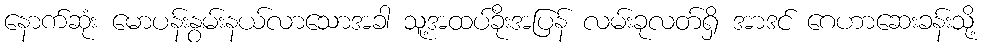
နောက်ဆုံး မောပန်းနွမ်းနယ်လာသောအခါ သူ့အထပ်ခိုးအပြန် လမ်းခုလတ်ရှိ အာဒင် ဂေဟာဆေးခန်းသို့